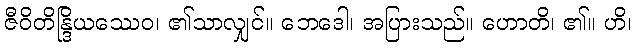
ဇီဝိတိန္ဒြိယဿေဝ၊ ၏သာလျှင်။ ဘေဒေါ၊ အပြားသည်။ ဟောတိ၊ ၏။ ဟိ၊